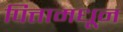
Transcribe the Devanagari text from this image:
पित्तामधून